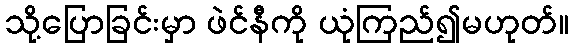
သို့ပြောခြင်းမှာ ဖဲင်နီကို ယုံကြည်၍မဟုတ်။